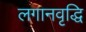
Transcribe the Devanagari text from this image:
लगानवृद्धि